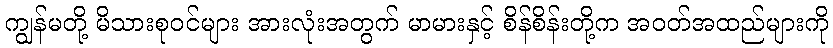
ကျွန်မတို့ မိသားစုဝင်များ အားလုံးအတွက် မာမားနှင့် စိန်စိန်းတို့က အဝတ်အထည်များကို